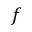
f